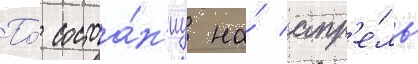
По́ состоа́н'иу на́ апр'е́ль